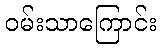
ဝမ်းသာကြောင်း